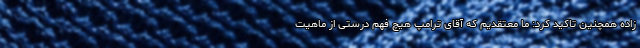
زاده همچنین تاکید کرد: ما معتقدیم که آقای ترامپ هیچ فهم درستی از ماهیت